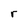
Character: r